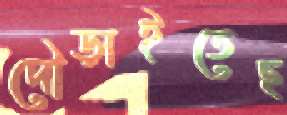
দৌড়াইতেছ